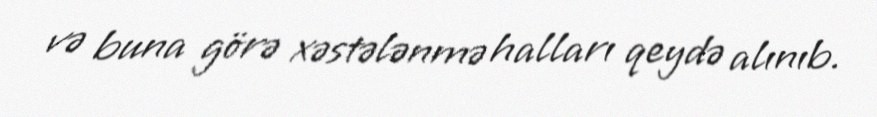
və buna görə xəstələnmə halları qeydə alınıb.